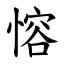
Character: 愹